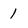
Character: 1